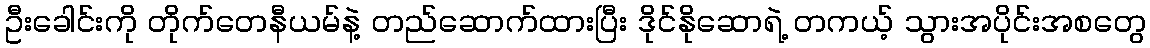
ဦးခေါင်းကို တိုက်တေနီယမ်နဲ့ တည်ဆောက်ထားပြီး ဒိုင်နိုဆောရဲ့ တကယ့် သွားအပိုင်းအစတွေ